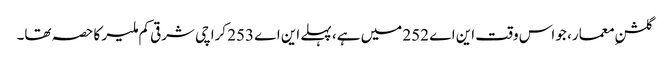
گلشنِ معمار، جو اس وقت این اے 252 میں ہے، پہلے این اے 253 کراچی شرقی کم ملیر کا حصہ تھا۔